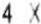
4 X